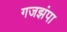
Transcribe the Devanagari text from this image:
गजझंपा